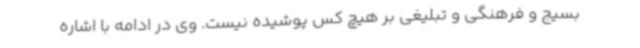
بسیج و فرهنگی و تبلیغی بر هیچ کس پوشیده نیست. وی در ادامه با اشاره